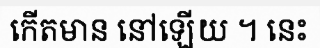
កើតមាន នៅឡើយ ។ នេះ